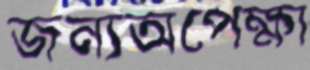
জন্যঅপেক্ষা